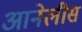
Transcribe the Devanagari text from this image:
आनेलीस